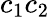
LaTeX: c_{1}c_{2}